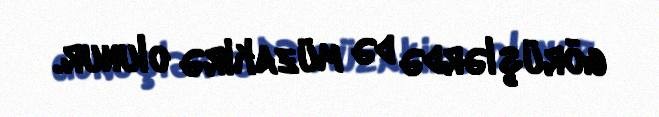
görüşlərdə də müzakirə olunur.